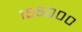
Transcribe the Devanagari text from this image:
१५५०००